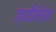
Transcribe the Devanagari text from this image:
ज्योतिरेकं